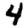
Digit: 4